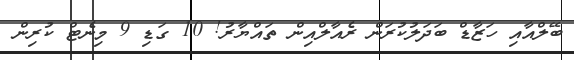
ބޭލްއާއި ހަޒާޑް ބަދަލުކުރަން ރެއާލްއިން ތައްޔާރު! 10 ގަޑި 9 މިނެޓް ކުރިން